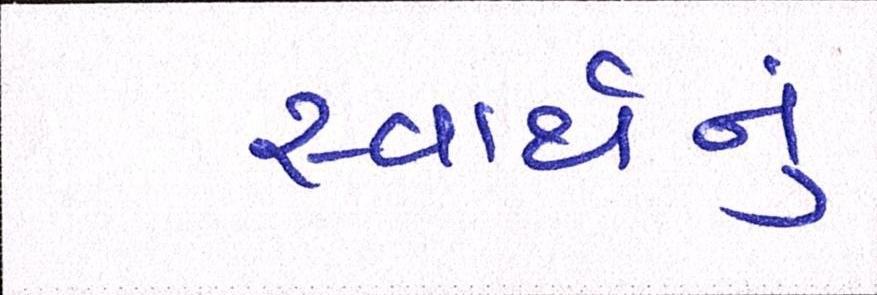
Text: સ્વાર્થનું